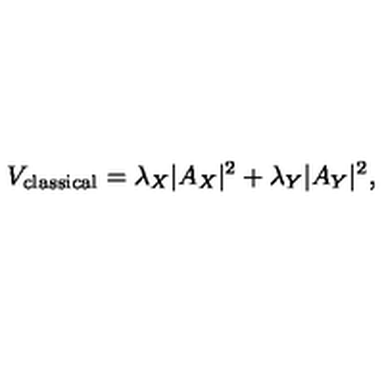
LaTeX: V _ { \mathrm { c l a s s i c a l } } = \lambda _ { X } | A _ { X } | ^ { 2 } + \lambda _ { Y } | A _ { Y } | ^ { 2 } ,